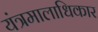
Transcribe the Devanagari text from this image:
यंत्रमालाधिकार